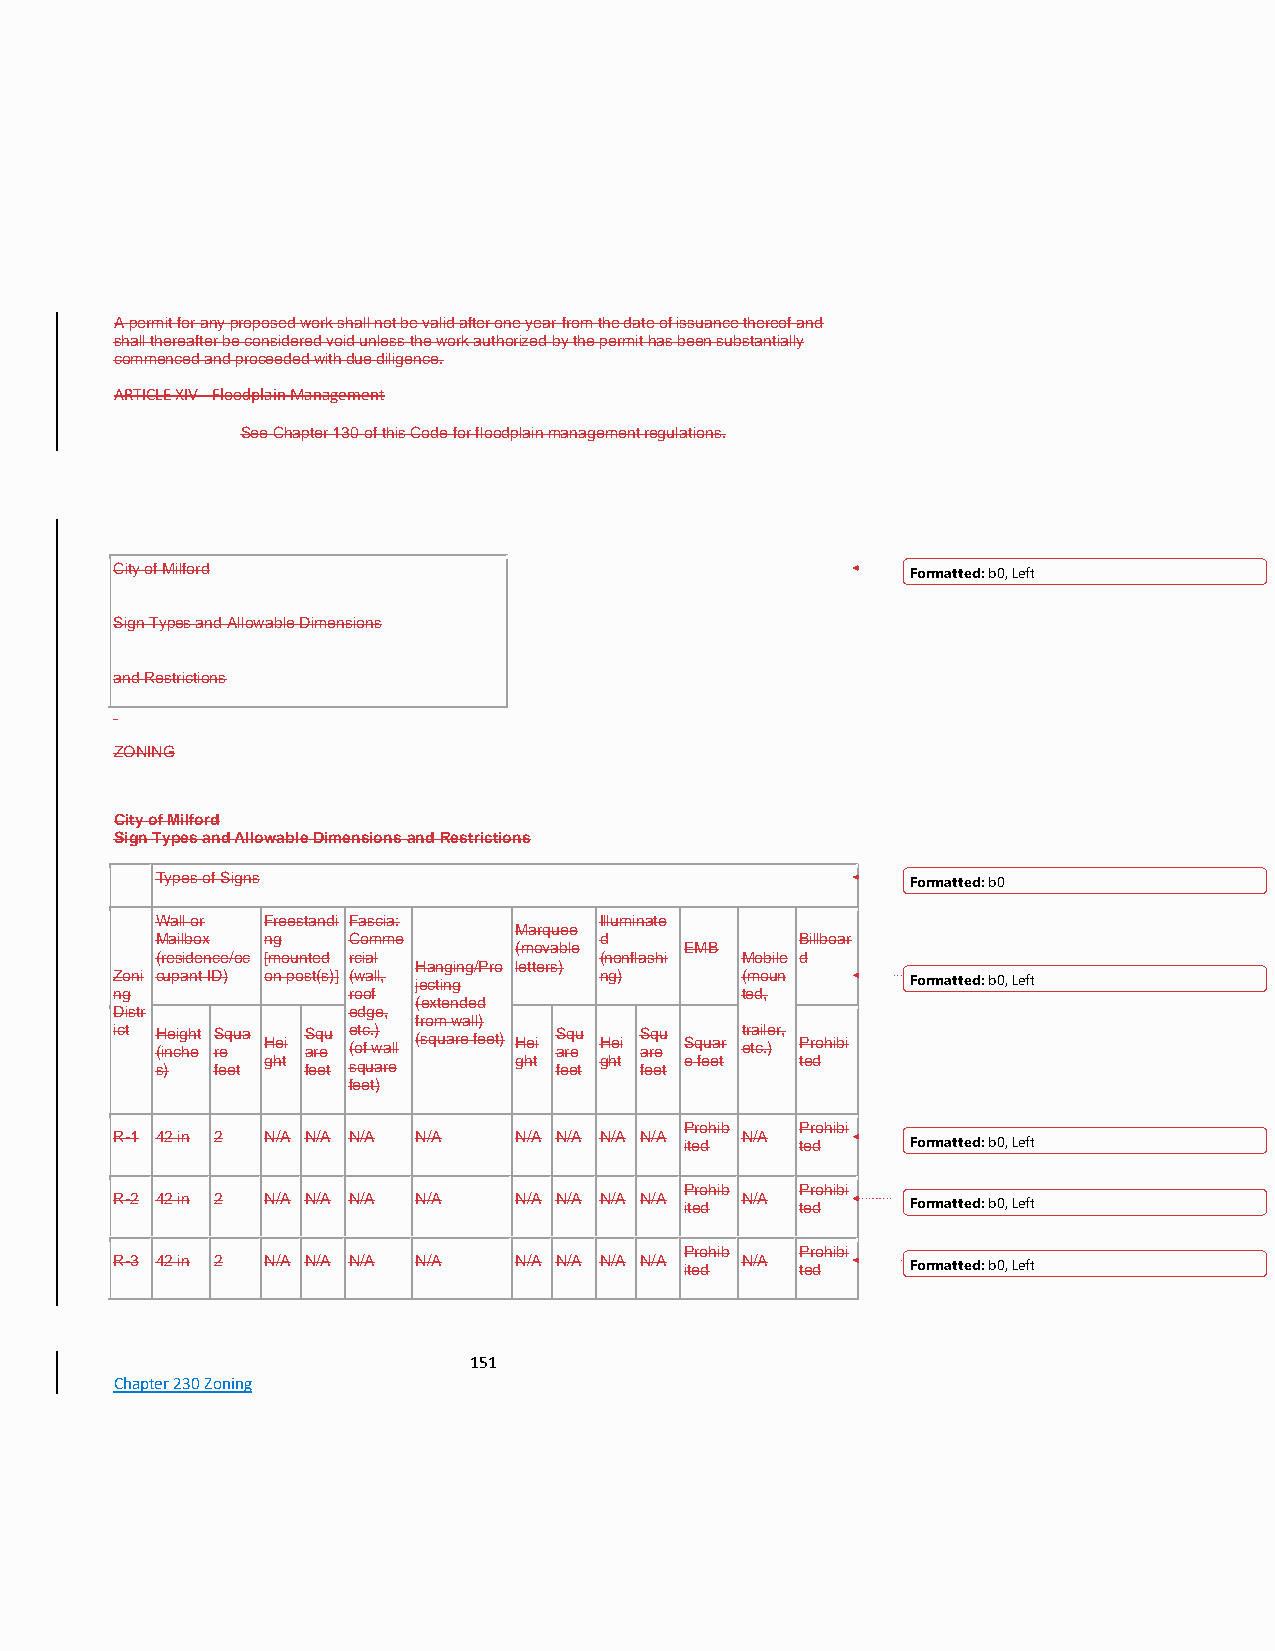
A permit for any proposed work shall not be valid after one year from the date of issuance thereof and
 shall thereafter be considered void unless the work authorized by the permit has been substantially
 commenced and proceeded with due diligence.
 ARTICLE XIV - Floodplain Management
 See Chapter 130 of this Code for floodplain management regulations.
 City of Milford                                      Formatted: b0, Left
 Sign Types and Allowable Dimensions
 and Restrictions
 ZONING
 City of Milford
 Sign Types and Allowable Dimensions and Restrictions
 Types of Signs                                    Formatted: b0
 Wall or Freestandi Fascia:    Illuminate
 Marquee
 Mailbox ng   Comme            d            Billboar
 (movable   EMB
 (residence/oc [mounted rcial  (nonflashi Mobile d
 Hanging/Pro letters)
 Zoni cupant ID) on post(s)] (wall, jecting ng) (moun Formatted: b0, Left
 ng              roof                      ted,
 (extended
 Distr           edge,
 from wall)
 ict H (ine cig hh et S req ua Hei S arq eu e (otc f . w) a ll (square feet) Hei S arq eu Hei S arq eu Squar t er ta ci .le ) r , Prohibi
 s)  feet ght feet square ght feet ght feet e feet ted
 feet)
 Prohib  Prohibi
 R-1 42 in 2 N/A N/A N/A N/A N/A N/A N/A N/A ited N/A ted Formatted: b0, Left
 Prohib  Prohibi
 R-2 42 in 2 N/A N/A N/A N/A N/A N/A N/A N/A ited N/A ted Formatted: b0, Left
 Prohib  Prohibi
 R-3 42 in 2 N/A N/A N/A N/A N/A N/A N/A N/A ited N/A ted Formatted: b0, Left
 151
 Chapter 230 Zoning